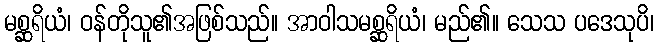
မစ္ဆရိယံ၊ ဝန်တိုသူ၏အဖြစ်သည်။ အာဝါသမစ္ဆရိယံ၊ မည်၏။ သေသ ပဒေသုပိ၊